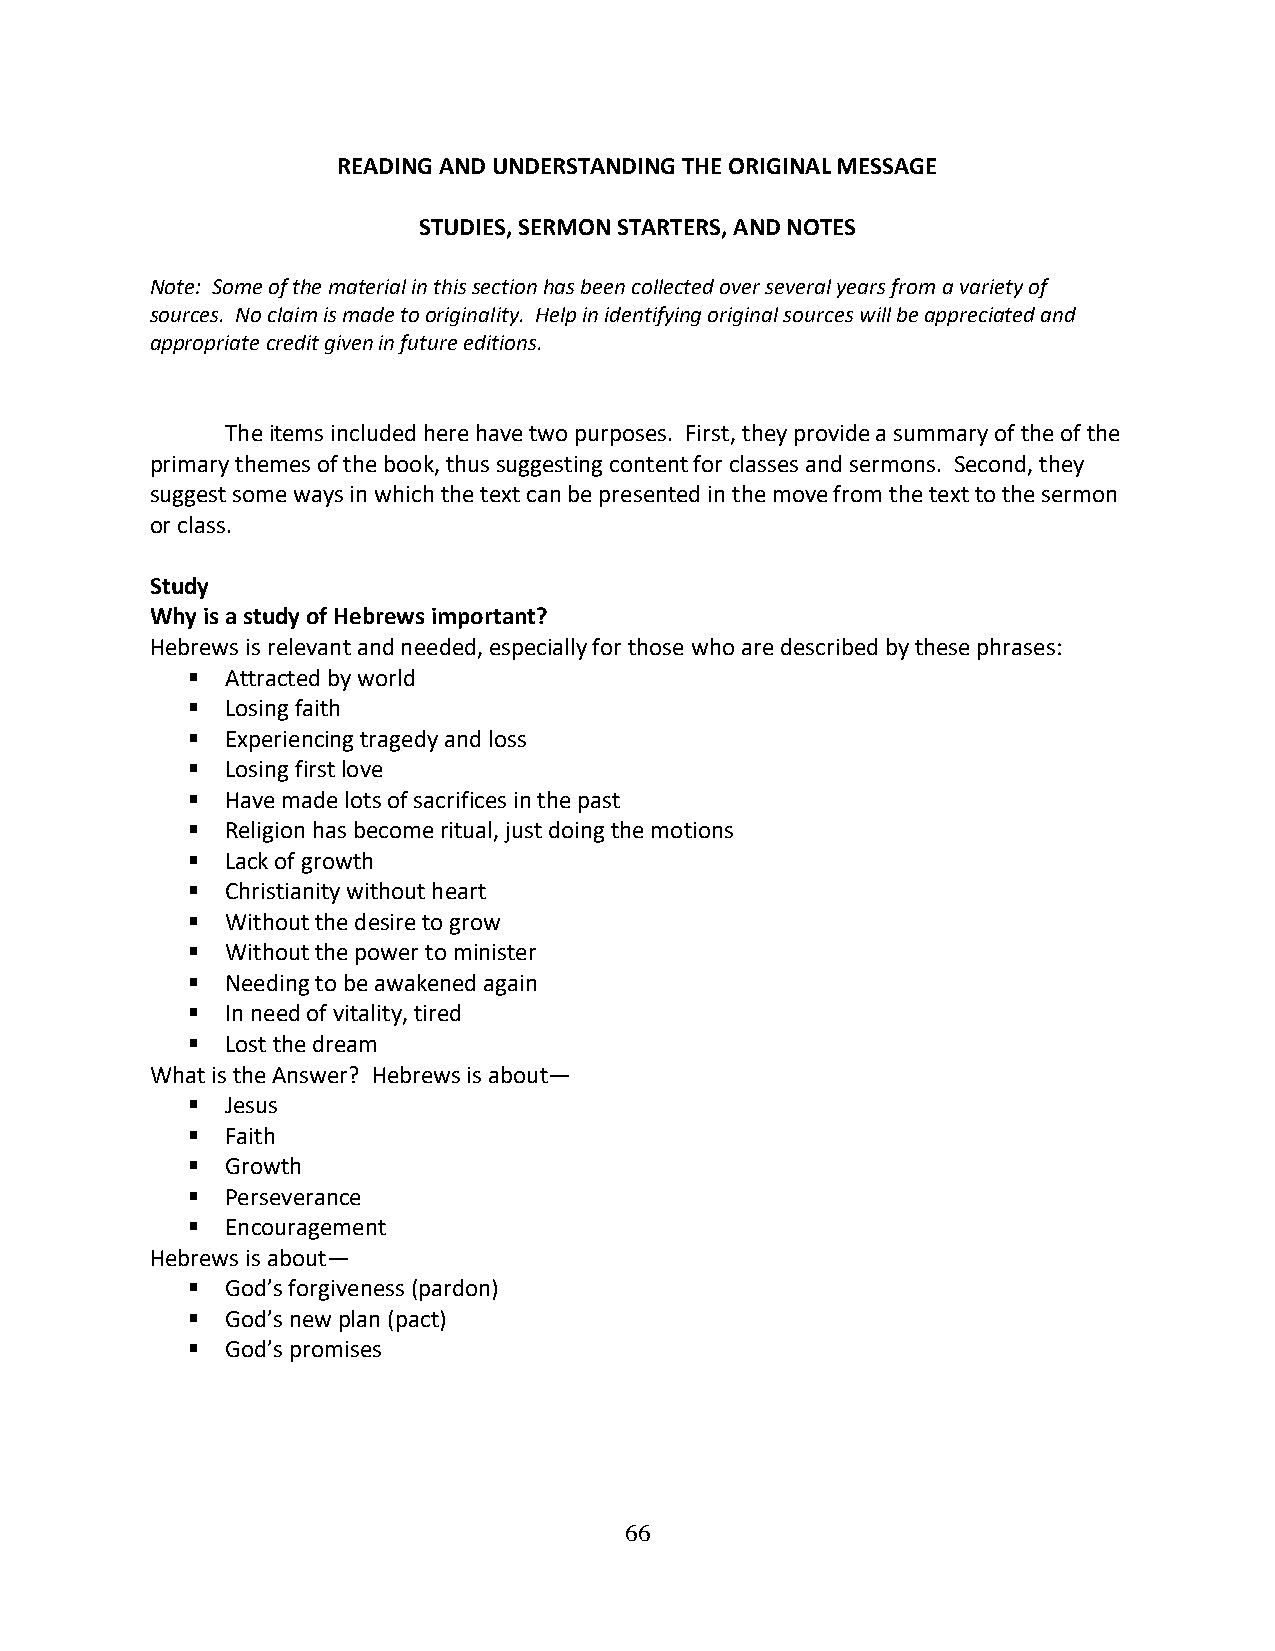
READING AND UNDERSTANDING THE ORIGINAL MESSAGE
 STUDIES, SERMON STARTERS, AND NOTES
 Note: Some of the material in this section has been collected over several years from a variety of
 sources. No claim is made to originality. Help in identifying original sources will be appreciated and
 appropriate credit given in future editions.
 The items included here have two purposes. First, they provide a summary of the of the
 primary themes of the book, thus suggesting content for classes and sermons. Second, they
 suggest some ways in which the text can be presented in the move from the text to the sermon
 or class.
 Study
 Why is a study of Hebrews important?
 Hebrews is relevant and needed, especially for those who are described by these phrases:
 ▪  Attracted by world
 ▪  Losing faith
 ▪  Experiencing tragedy and loss
 ▪  Losing first love
 ▪  Have made lots of sacrifices in the past
 ▪  Religion has become ritual, just doing the motions
 ▪  Lack of growth
 ▪  Christianity without heart
 ▪  Without the desire to grow
 ▪  Without the power to minister
 ▪  Needing to be awakened again
 ▪  In need of vitality, tired
 ▪  Lost the dream
 What is the Answer? Hebrews is about—
 ▪  Jesus
 ▪  Faith
 ▪  Growth
 ▪  Perseverance
 ▪  Encouragement
 Hebrews is about—
 ▪  God’s forgiveness (pardon)
 ▪  God’s new plan (pact)
 ▪  God’s promises
 66